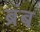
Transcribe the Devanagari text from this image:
ब्रंब